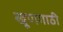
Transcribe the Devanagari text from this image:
खूणगाठी